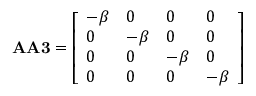
\mathbf { A A 3 } = { \left[ \begin{array} { l l l l } { - \beta } & { 0 } & { 0 } & { 0 } \\ { 0 } & { - \beta } & { 0 } & { 0 } \\ { 0 } & { 0 } & { - \beta } & { 0 } \\ { 0 } & { 0 } & { 0 } & { - \beta } \end{array} \right] }